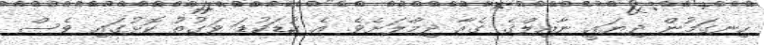
ހިނގަމުން ދިޔައީ ނާއިލްގެ ގެއާ ދިމާލަށެވެ. އެ ކުޑަކުޑަ ވަގުތު ކޮޅުގައި ވެސް